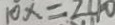
1 0 x = 2 4 0